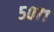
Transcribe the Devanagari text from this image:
५०७१